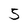
Character: 5